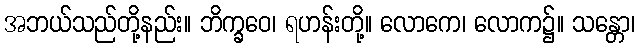
အဘယ်သည်တို့နည်း။ ဘိက္ခဝေ၊ ရဟန်းတို့။ လောကေ၊ လောက၌။ သန္တော၊